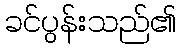
ခင်ပွန်းသည်၏